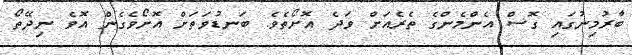
ބާރުމިނުގައި ގޮސް އެންމެންގެ ތެރެއަށް ވަދެ އޮށޯތެވެ. ބަނޑުވަތަށް އޮށޯވެގެން އޮވެ ނިދޭތޯ